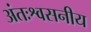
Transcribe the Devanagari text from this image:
अंतःश्वसनीय